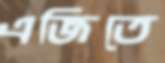
এজিতে